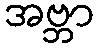
အဗ္ဘာ